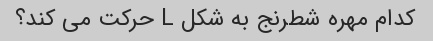
کدام مهره شطرنج به شکل L حرکت می کند؟